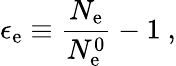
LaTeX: \epsilon_{\mathrm{e}}\equiv\frac{{N_{\mathrm{e}}}}{{N_{\mathrm{e}}^{0}}}-1~,